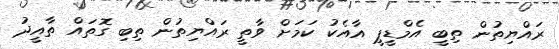
ރައްޔިތުން ތިބީ އެމްޑީޕީ އާއެކު ކަމަށް ވާތީ ރައްޔިތުން ތިބި ގޮތައް ތާއީދު